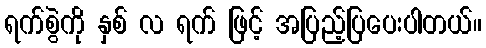
ရက်စွဲကို နှစ် လ ရက် ဖြင့် အပြည့်ပြပေးပါတယ်။